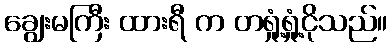
ချွေးမကြီး ထားရီ က တရှုံ့ရှုံ့ငိုသည်။